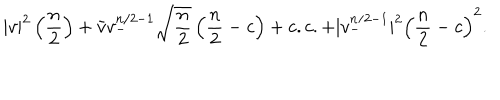
LaTeX: | v | ^ { 2 } \left( { \frac { n } { 2 } } \right) + \bar { v } v _ { - } ^ { n / 2 - 1 } \sqrt { { \frac { n } { 2 } } } \left( { \frac { n } { 2 } } - c \right) + c . c . + | v _ { - } ^ { n / 2 - 1 } | ^ { 2 } \left( { \frac { n } { 2 } } - c \right) ^ { 2 } .